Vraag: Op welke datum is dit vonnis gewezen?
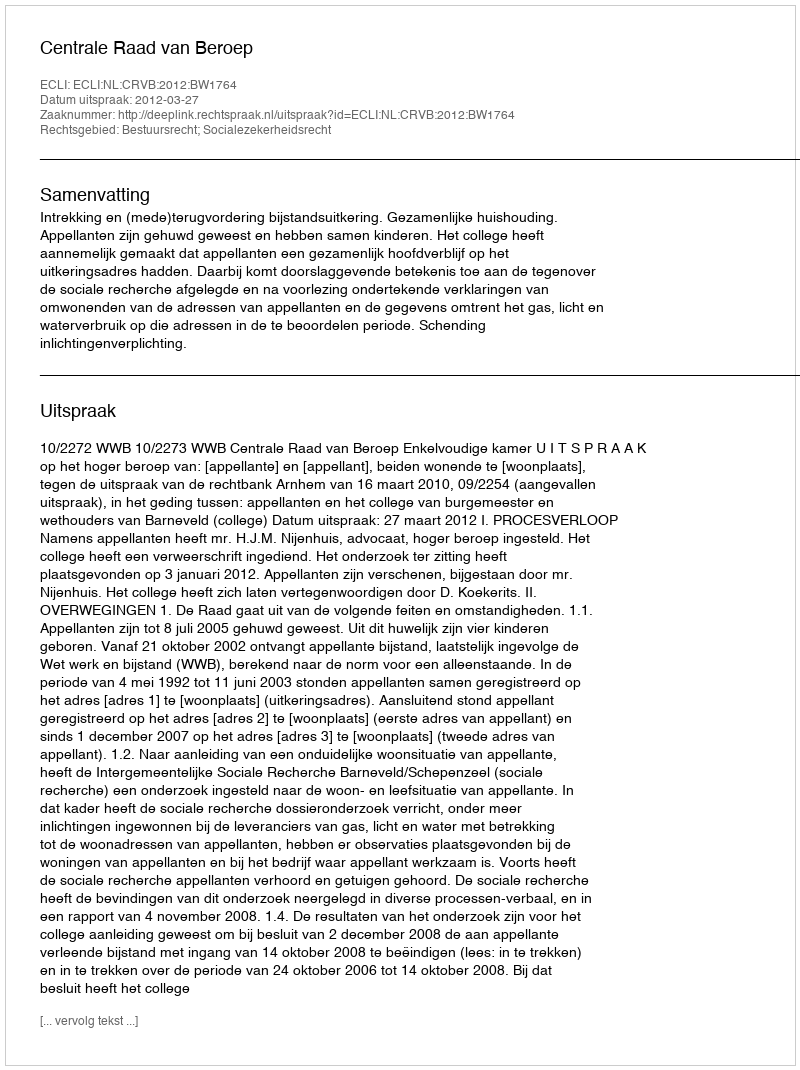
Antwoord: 2012-03-27